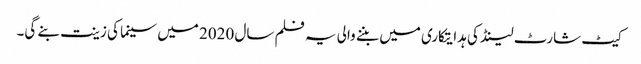
کیٹ شارٹ لینڈ کی ہدایتکاری میں بننے والی یہ فلم سال 2020 میں سینما کی زینت بنے گی۔